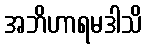
အဘိဟာရမဒါသိ